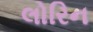
લોરિન